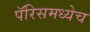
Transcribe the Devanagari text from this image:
पॅरिसमध्येच